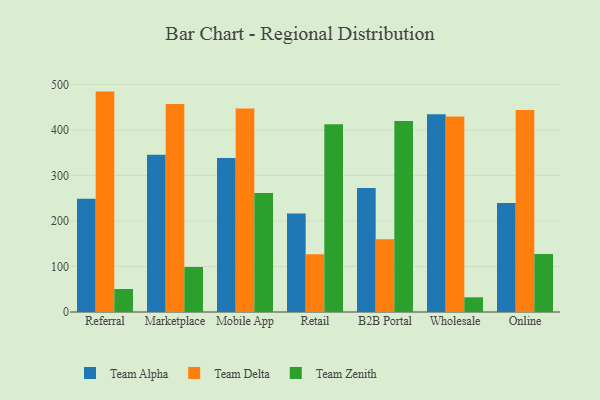
{"axis": {"x": "Channel", "y": "Latency (ms)"}, "legend": ["Team Alpha", "Team Delta", "Team Zenith"], "data": [{"x": "Referral", "y": 249.0, "type": "Team Alpha"}, {"x": "Referral", "y": 484.2, "type": "Team Delta"}, {"x": "Referral", "y": 50.6, "type": "Team Zenith"}, {"x": "Marketplace", "y": 345.4, "type": "Team Alpha"}, {"x": "Marketplace", "y": 457.0, "type": "Team Delta"}, {"x": "Marketplace", "y": 98.9, "type": "Team Zenith"}, {"x": "Mobile App", "y": 338.3, "type": "Team Alpha"}, {"x": "Mobile App", "y": 447.0, "type": "Team Delta"}, {"x": "Mobile App", "y": 261.5, "type": "Team Zenith"}, {"x": "Retail", "y": 216.2, "type": "Team Alpha"}, {"x": "Retail", "y": 126.6, "type": "Team Delta"}, {"x": "Retail", "y": 412.4, "type": "Team Zenith"}, {"x": "B2B Portal", "y": 272.2, "type": "Team Alpha"}, {"x": "B2B Portal", "y": 159.6, "type": "Team Delta"}, {"x": "B2B Portal", "y": 419.8, "type": "Team Zenith"}, {"x": "Wholesale", "y": 434.5, "type": "Team Alpha"}, {"x": "Wholesale", "y": 429.7, "type": "Team Delta"}, {"x": "Wholesale", "y": 32.3, "type": "Team Zenith"}, {"x": "Online", "y": 239.3, "type": "Team Alpha"}, {"x": "Online", "y": 443.7, "type": "Team Delta"}, {"x": "Online", "y": 127.5, "type": "Team Zenith"}]}